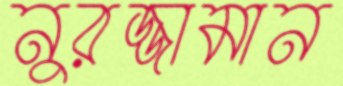
নুরজ্জামান